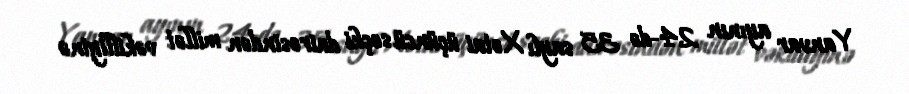
Yanvar ayının 24-də 35 saylı Xətai üçüncü seçki dairəsindən millət vəkilliyinə